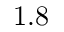
1 . 8